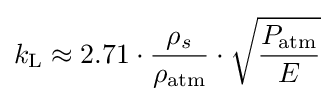
k_{\rm {L}}\approx 2.71\cdot {\frac {\rho _{s}}{\rho _{\rm {atm}}}}\cdot {\sqrt {\frac {P_{\rm {atm}}}{E}}}